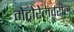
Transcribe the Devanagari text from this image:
मेट्रोरेलवरील